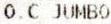
O.C JUMBO